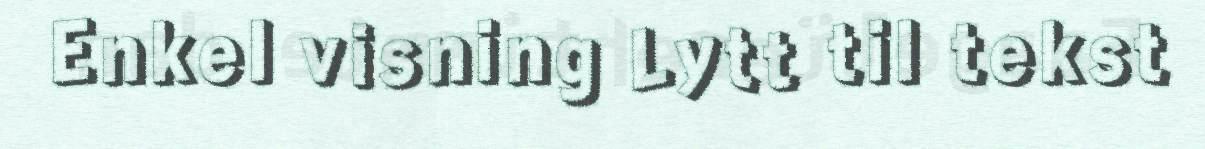
Enkel visning Lytt til tekst